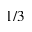
1 / 3